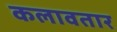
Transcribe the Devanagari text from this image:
कलावतार